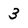
Character: 3